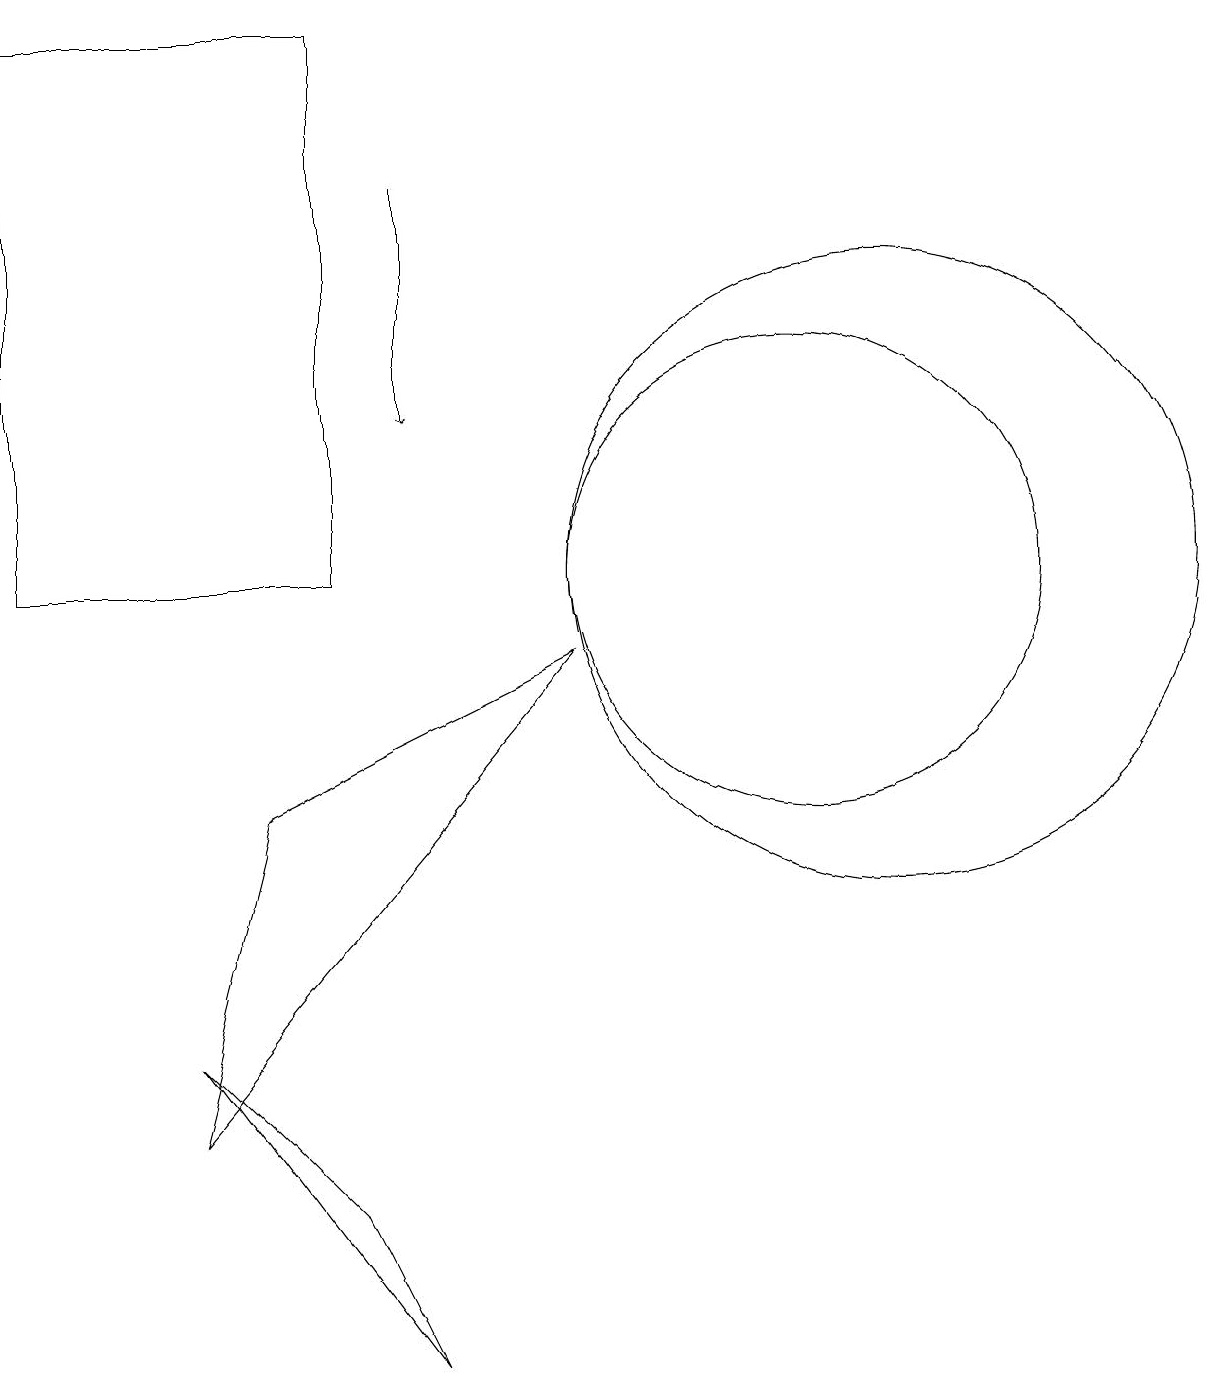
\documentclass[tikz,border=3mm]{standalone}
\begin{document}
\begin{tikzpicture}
\draw (3,4) -- (6,0) -- (5,2) -- cycle;
\draw (12,10) circle (4);
\draw (11,10) circle (3);
\draw (1,10) rectangle (5,17);
\draw[->] (6,15) -- (6,12);
\draw (4,7) -- (3,3) -- (8,9) -- cycle;
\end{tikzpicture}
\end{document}